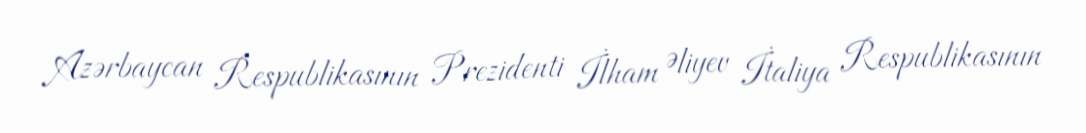
Azərbaycan Respublikasının Prezidenti İlham Əliyev İtaliya Respublikasının